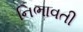
નિભાવતી